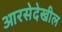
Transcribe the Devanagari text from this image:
आरसेदेखील